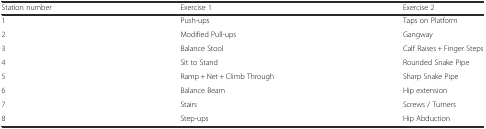
<table><thead><tr><td><b>Station number</b></td><td><b>Exercise 1</b></td><td><b>Exercise 2</b></td></tr></thead><tbody><tr><td>1</td><td>Push-ups</td><td>Taps on Platform</td></tr><tr><td>2</td><td>Modified Pull-ups</td><td>Gangway</td></tr><tr><td>3</td><td>Balance Stool</td><td>Calf Raises + Finger Steps</td></tr><tr><td>4</td><td>Sit to Stand</td><td>Rounded Snake Pipe</td></tr><tr><td>5</td><td>Ramp + Net + Climb Through</td><td>Sharp Snake Pipe</td></tr><tr><td>6</td><td>Balance Beam</td><td>Hip extension</td></tr><tr><td>7</td><td>Stairs</td><td>Screws / Turners</td></tr><tr><td>8</td><td>Step-ups</td><td>Hip Abduction</td></tr></tbody></table>